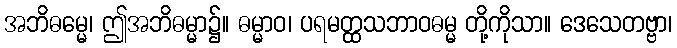
အဘိဓမ္မေ၊ ဤအဘိဓမ္မာ၌။ ဓမ္မာဝ၊ ပရမတ္ထသဘာဝဓမ္မ တို့ကိုသာ။ ဒေသေတဗ္ဗာ၊